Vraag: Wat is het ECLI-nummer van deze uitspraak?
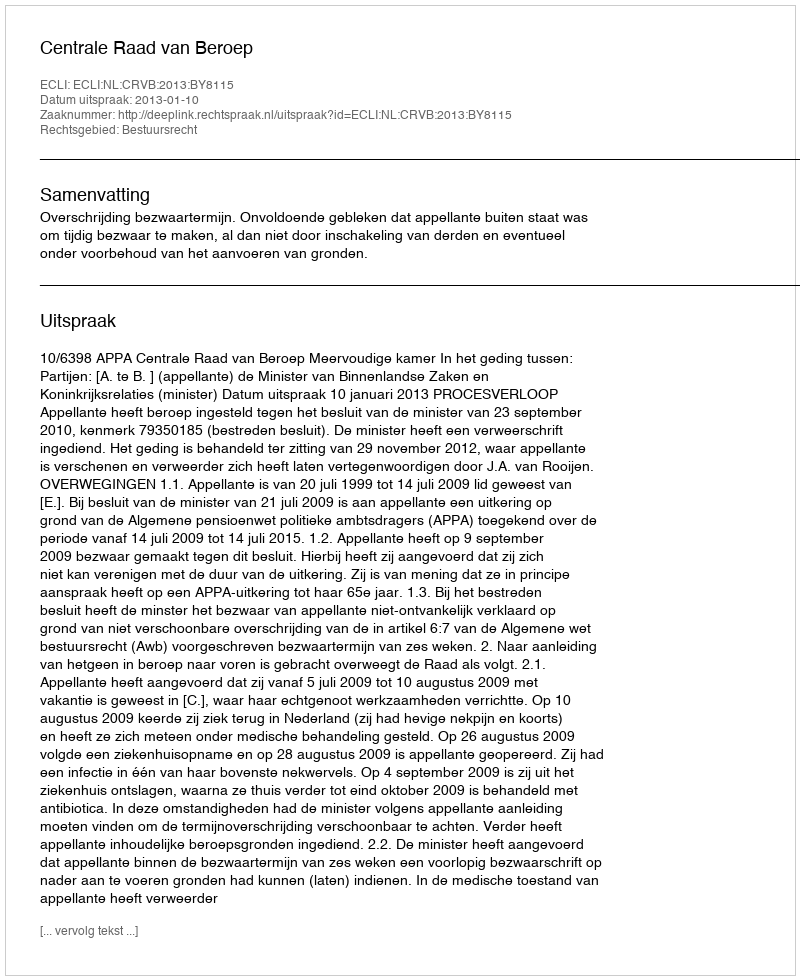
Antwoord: ECLI:NL:CRVB:2013:BY8115